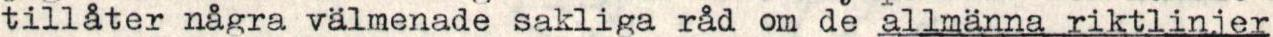
tillåter några välmenade sakliga råd om de allmänna riktlinjer